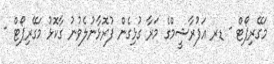
މަގޭރިޕޯޓް - ޑރ އަފުރާޝީމްގެ މަރާ ގުޅިގެން ފުރޮޅާނުލެވުނު ގާކޮޅު މަގޭރިޕޯޓް -